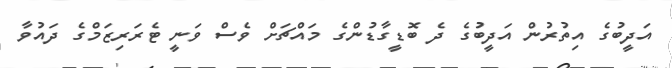
އަދީބުގެ އިތުރުން އަދީބުގެ ދެ ބޮޑީގާޑުންގެ މައްޗަށް ވެސް ވަނީ ޓެރަރިޒަމްގެ ދައުވާ